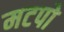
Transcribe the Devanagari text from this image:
मटपो